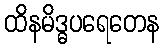
ထိနမိဒ္ဓပရေတေန